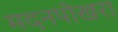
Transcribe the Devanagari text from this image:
मदनपोखरा